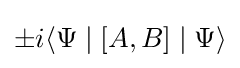
\pm i\langle \Psi \mid [A,B]\mid \Psi \rangle